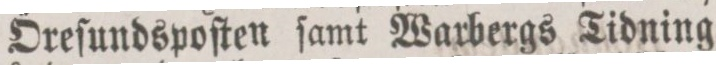
Öreſundspoſten ſamt Warbergs Tidning